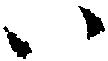
ハ